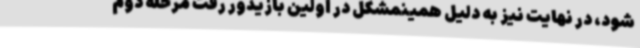
شود، در نهایت نیز به دلیل همینمشکل در اولین بازیدور رفت مرحله دوم